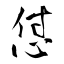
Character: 怤